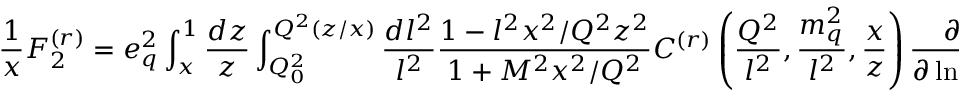
\frac { 1 } { x } F _ { 2 } ^ { ( r ) } = e _ { q } ^ { 2 } \int _ { x } ^ { 1 } \frac { d z } { z } \int _ { Q _ { 0 } ^ { 2 } } ^ { Q ^ { 2 } ( z / x ) } \frac { d l ^ { 2 } } { l ^ { 2 } } \frac { 1 - l ^ { 2 } x ^ { 2 } / Q ^ { 2 } z ^ { 2 } } { 1 + M ^ { 2 } x ^ { 2 } / Q ^ { 2 } } C ^ { ( r ) } \left( \frac { Q ^ { 2 } } { l ^ { 2 } } , \frac { m _ { q } ^ { 2 } } { l ^ { 2 } } , \frac { x } { z } \right) \frac { \partial } { \partial \ln l ^ { 2 } } g ( l ^ { 2 } , z ) ,